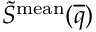
\widetilde { S } ^ { \mathrm { m e a n } } ( \overline { { q } } )